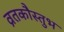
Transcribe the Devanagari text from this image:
व्रतकौस्तुभ